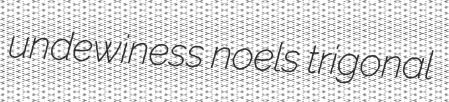
undewiness noels trigonal